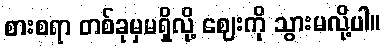
စားစရာ တစ်ခုမှမရှိလို့ ဈေးကို သွားမလို့ပါ။